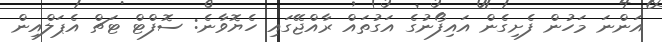
އަންނަ މަހުން ފެށިގެން އައިފޯނުގެ އަގުތައް ރާއްޖޭގައި ހެޔޮވާނެ: ސޮފްޓް ޓަޗް އެޕަލްއިން